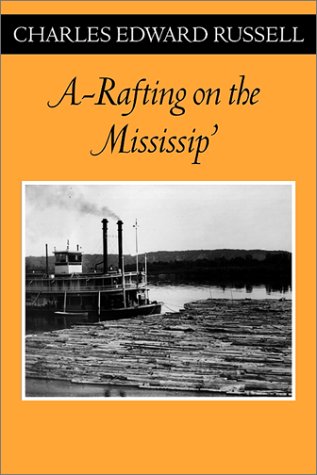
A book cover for A Rafting on the Mississip' (Fesler-Lampert Minnesota Heritage); Charles Edward Russell; Sports & Outdoors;